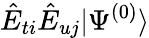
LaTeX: \hat{E}_{ti}\hat{E}_{uj}|\Psi^{(0)}\rangle